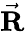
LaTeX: \vec{\mathbf R}